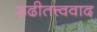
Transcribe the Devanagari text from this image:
रूढीतत्त्ववाद